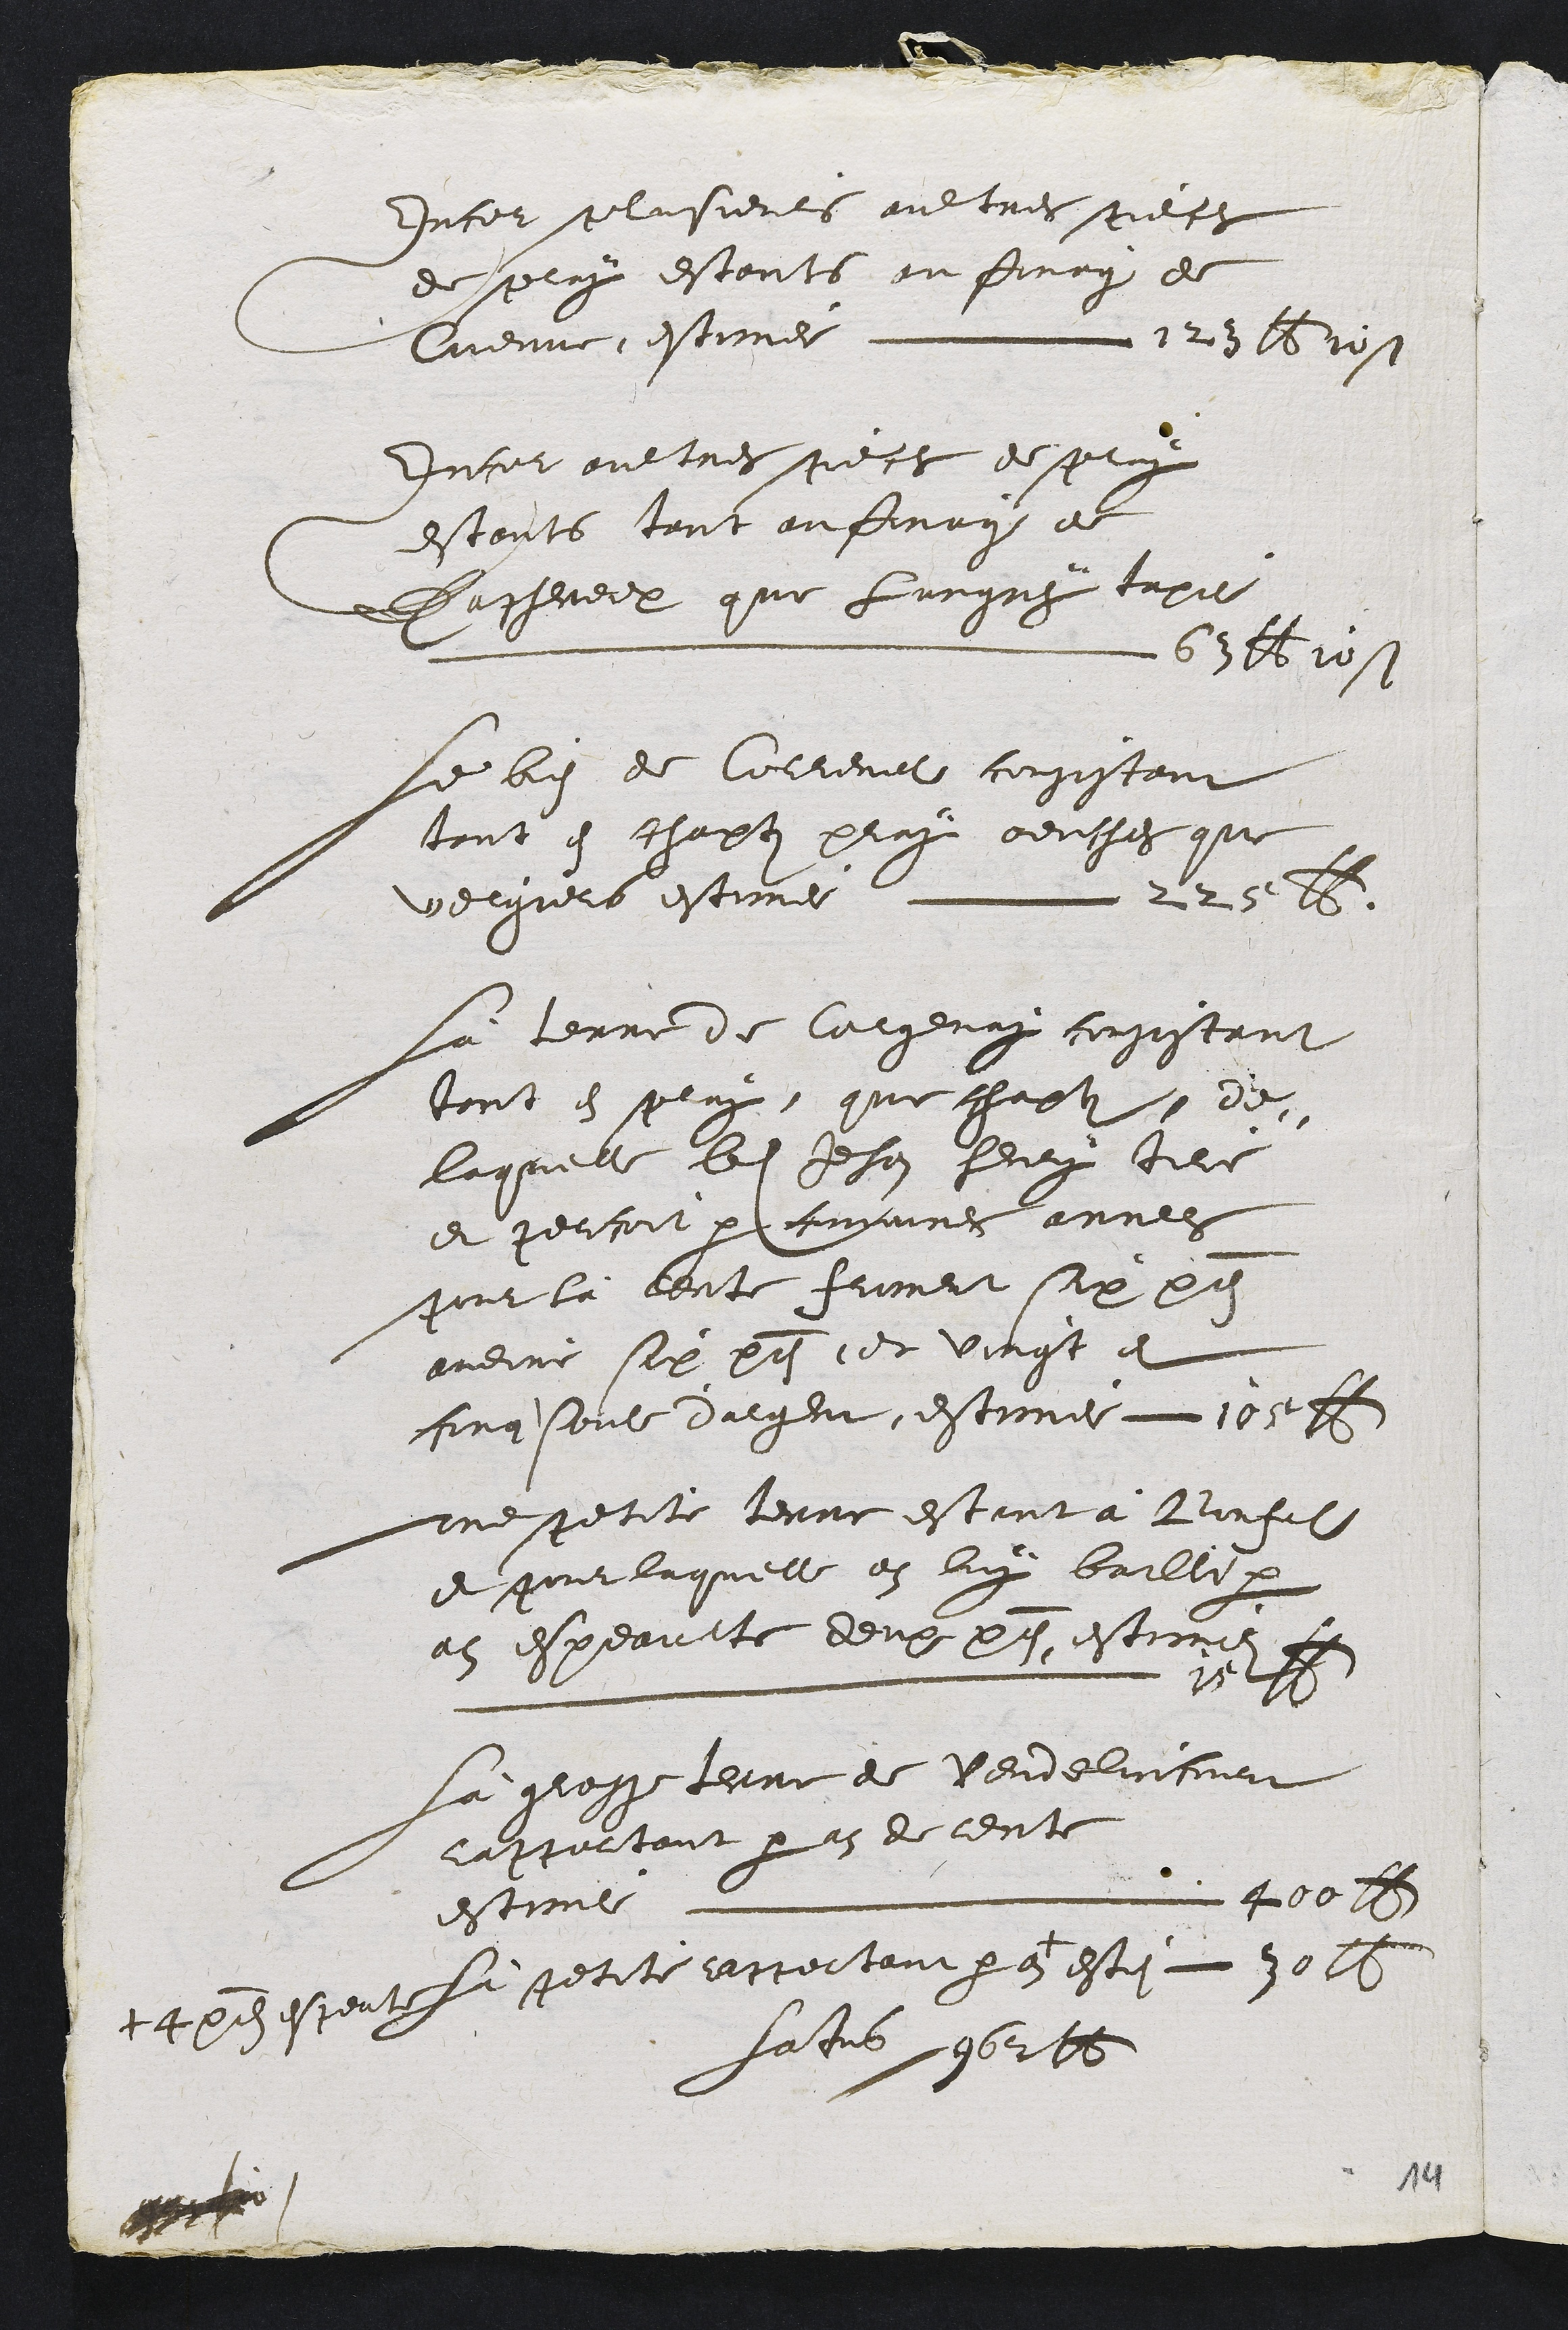
Incel selnsients aultres scece
de pluy estants au Sourg de
Cieune estinnes m st
Inour oultres gecl de selug
estonts scont enfirry de
Casneel que Lungah tapit
Lu 6 61
Le lilz de Coliemut congsteur
tont e chapti peug venches que
velgiers estime Lle9 2
la terre de latgenry coustant
tont es plug que chast  de
laquelle leit Jehas heuug tile
e jetoit par faires annel
Nn la bette humert six ld
audire six present et vivest e
forgsont dageu estine 10 1
Qne sette terne estant a Bictal
e qoilaquelle et luy baille pae
al espeantte deux pls estion e
mra a aImmmmmmmmmmmaa u
La grege ttre de Vendelintine
la Rultant p az de deute
estitil n 260
La getite uncestain le
daeieulx
esti 10 19
hatre sebortt

A

11